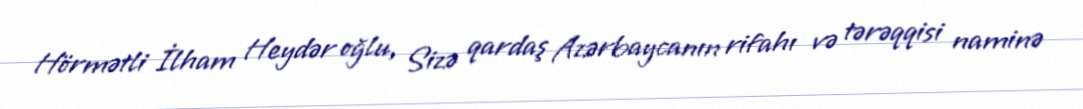
Hörmətli İlham Heydər oğlu, Sizə qardaş Azərbaycanın rifahı və tərəqqisi naminə